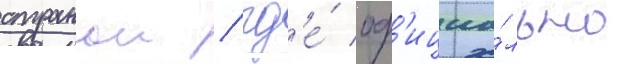
странои / гд'е́ оф'ициа́льно